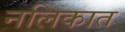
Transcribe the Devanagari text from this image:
नलिकात